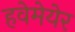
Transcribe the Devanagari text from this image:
हवेमेयेर